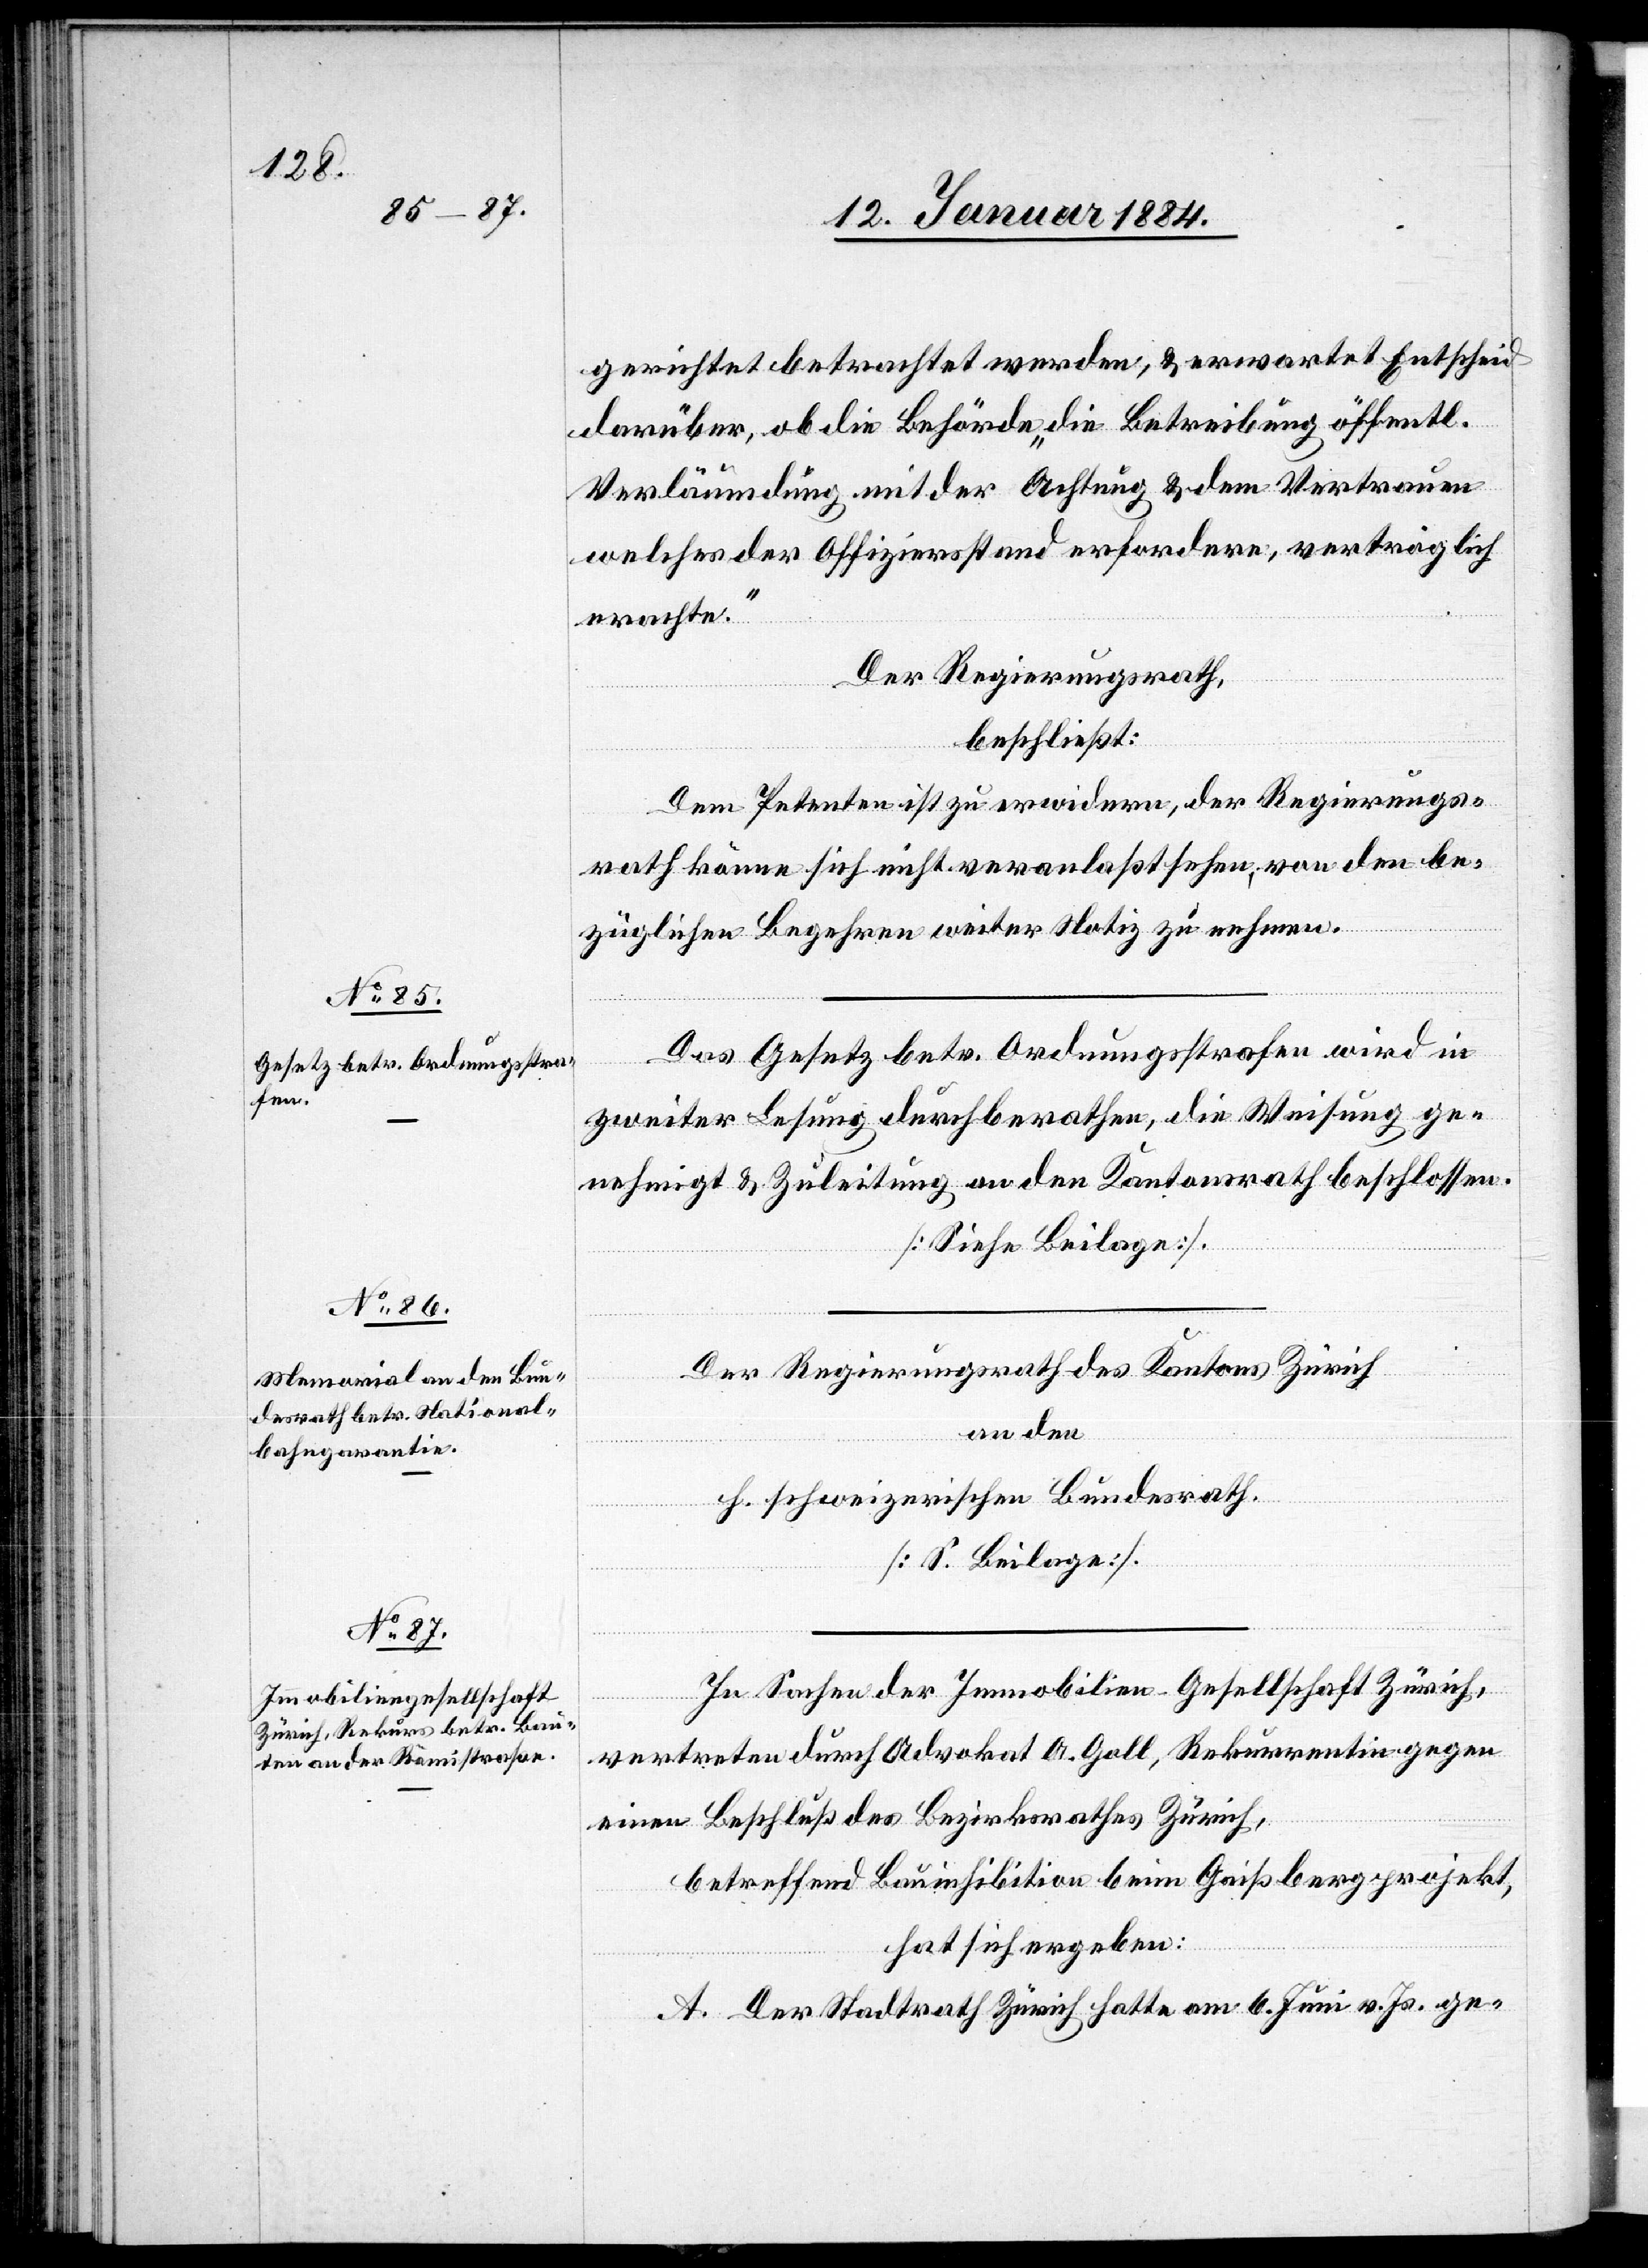
gerichtet betrachtet werden, & er erwartet Entscheid
darüber, ob die Behörde die Betreibung öffentl.
Verläumdung mit der Achtung & dem Vertrauen
welches der Offizierstand erfordere, verträglich
erachte.
Der Regierungsrath,
beschließt:
Dem Petenten ist zu erwiedern, der Regierungs¬
rath könne sich nicht veranlaßt sehen, von den be¬
züglichen Begehren weiter Notiz zu nehmen.
Das Gesetz betr. Ordnungsstrafen wird in
zweiter Lesung durchberathen, die Weisung ge¬
nehmigt & Zuleitung an den Kantonsrath beschlossen.
[Siehe Beilage].
Der Regierungsrath des Kantons Zürich
an den
h. schweizerischen Bundesrath.
In Sachen der Immobilien-Gesellschaft Zürich,
vertreten durch Advokat A. Goll, Rekurrentin gegen
einen Beschluß des Bezirksrathes Zürich,
betreffend Bauinhibition beim Gaißbergprojekt,
hat sich ergeben:
A. Der Stadtrath Zürich hatte am 6. Juni v. Js. ge-